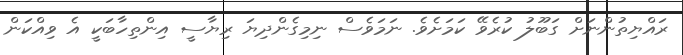
ރައްޔިތުންނަށް ގަބޫލު ކުރެވޭ ކަމަށެވެ. ނަމަވެސް ނިމިގެންދިޔަ ރިޔާސީ އިންތިހާބަކީ އެ ވިއްކަން